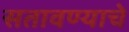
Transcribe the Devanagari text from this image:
सतावण्याचे